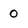
Character: 0